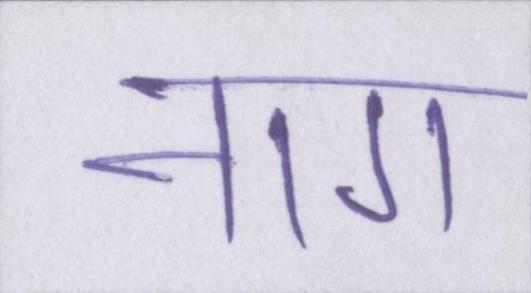
नाग